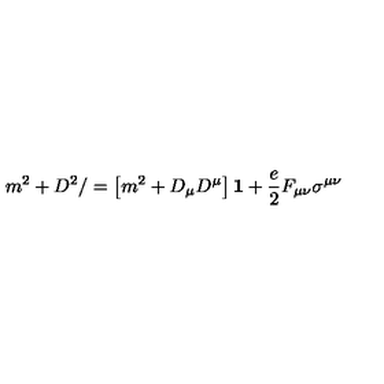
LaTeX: m ^ { 2 } + D ^ { 2 } / = \left[ m ^ { 2 } + D _ { \mu } D ^ { \mu } \right] { \bf 1 } + \frac { e } { 2 } F _ { \mu \nu } \sigma ^ { \mu \nu }